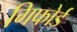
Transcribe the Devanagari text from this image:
गिफोर्ड